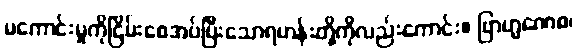
မကောင်းမှုကိုငြိမ်းစေအပ်ပြီးသောရဟန်းတို့ကိုလည်းကောင်း။ ဗြာဟ္မဏေစ၊